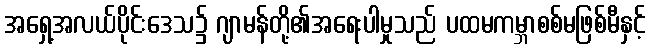
အရှေ့အလယ်ပိုင်းဒေသ၌ ဂျာမန်တို့၏အရေးပါမှုသည် ပထမကမ္ဘာစစ်မဖြစ်မီနှင့်